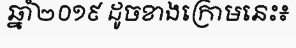
ឆ្នាំ២០១៩ ដូចខាងក្រោមនេះ៖